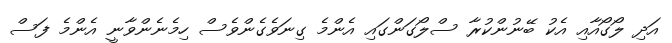
އަދި ލޯގޯއާއި އެކު ބޭނުންކުރާ ސްލޯގަންގައި އެންމެ ގިނަވެގެންވެސް ހިމެނެންވާނީ އެންމެ ފަސް